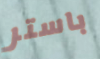
باستر